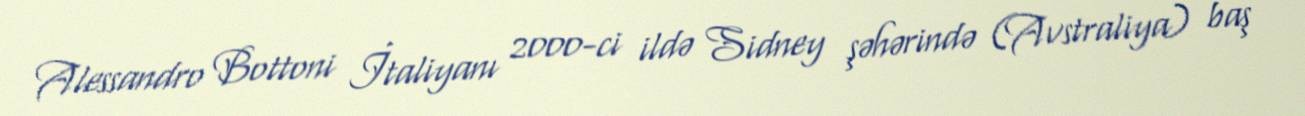
Alessandro Bottoni İtaliyanı 2000-ci ildə Sidney şəhərində (Avstraliya) baş